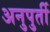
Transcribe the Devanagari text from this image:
अनुपुर्ती